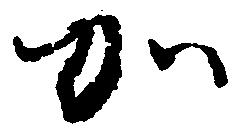
加